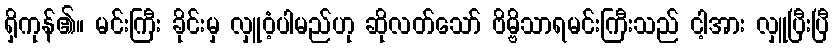
ရှိကုန်၏။ မင်းကြီး ခိုင်းမှ လှူဝံ့ပါမည်ဟု ဆိုလတ်သော် ဗိမ္ဗိသာရမင်းကြီးသည် ငါ့အား လှူပြီးပြီ